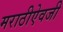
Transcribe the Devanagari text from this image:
मराठीऐवजी